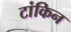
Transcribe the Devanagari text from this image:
टांकिन